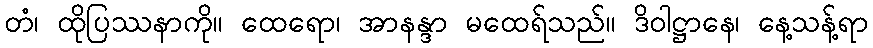
တံ၊ ထိုပြဿနာကို။ ထေရော၊ အာနန္ဒာ မထေရ်သည်။ ဒိဝါဋ္ဌာနေ၊ နေ့သန့်ရာ